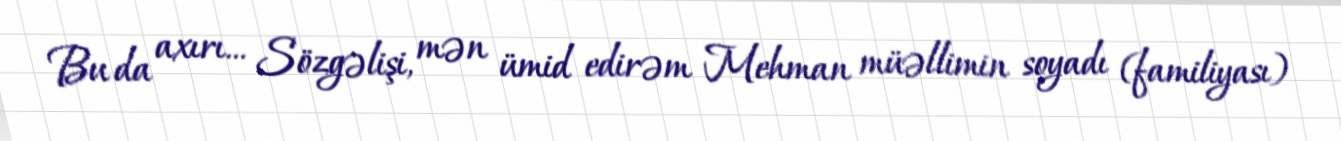
Bu da axırı... Sözgəlişi, mən ümid edirəm Mehman müəllimin soyadı (familiyası)